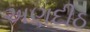
અણદીઠ